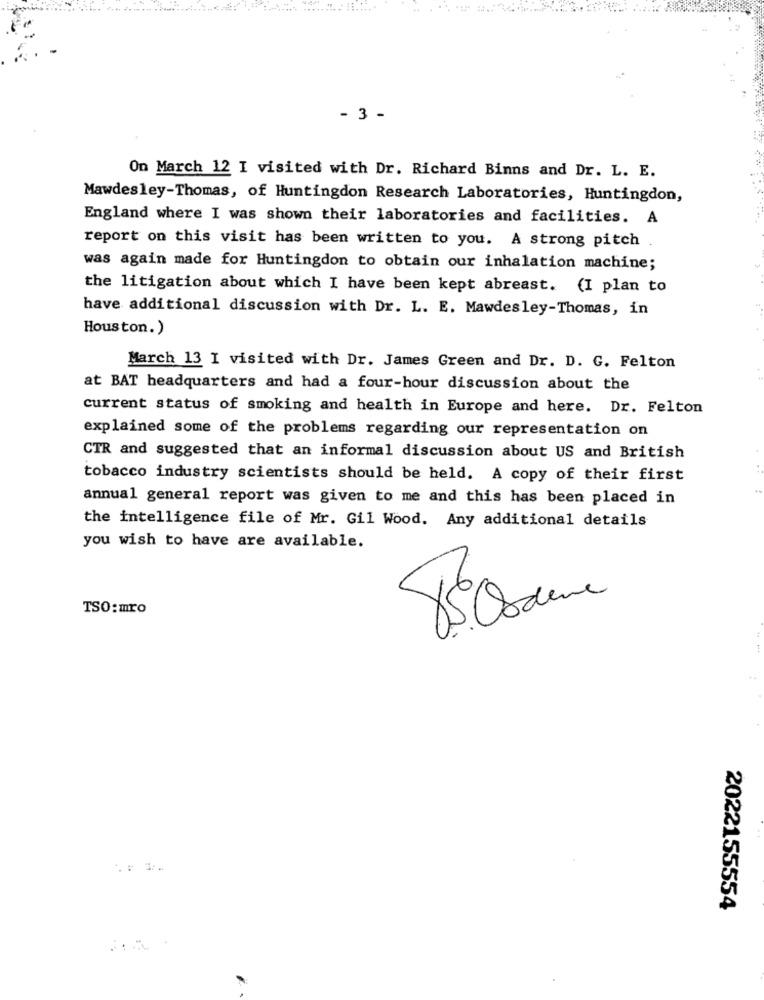
- 3 -
On March 12 I visited with Dr. Richard Binns and Dr. L. E.
Mawdesley-Thomas, of Huntingdon Research Laboratories, Huntingdon,
England where I was shown their laboratories and facilities. A
report on this visit has been written to you. A strong pitch
was again made for Huntingdon to obtain our inhalation machine;
the litigation about which I have been kept abreast. (I plan to
have additional discussion with Dr. L. E. Mawdesley-Thomas, in
Houston.)
March 13 I visited with Dr. James Green and Dr. D. G. Felton
at BAT headquarters and had a four-hour discussion about the
current status of smoking and health in Europe and here. Dr. Felton
explained some of the problems regarding our representation on
CTR and suggested that an informal discussion about US and British
tobacco industry scientists should be held. A copy of their first
annual general report was given to me and this has been placed in
the intelligence file of Mr. Gil Wood. Any additional details
you wish to have are available.
TSO:mro
2022155554